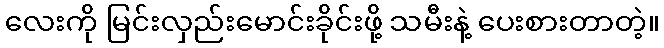
လေးကို မြင်းလှည်းမောင်းခိုင်းဖို့ သမီးနဲ့ ပေးစားတာတဲ့။